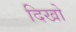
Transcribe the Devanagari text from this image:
दिखो